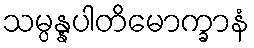
သမ္ပန္နပါတိမောက္ခာနံ